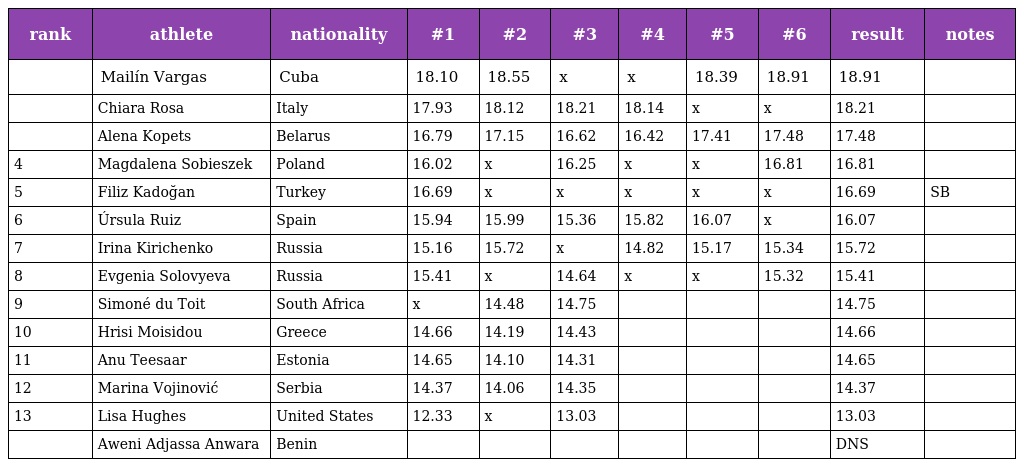
| rank | athlete | nationality | #1 | #2 | #3 | #4 | #5 | #6 | result | notes |
 | --- | --- | --- | --- | --- | --- | --- | --- | --- | --- | --- |
 |  | Mailín Vargas | Cuba | 18.10 | 18.55 | x | x | 18.39 | 18.91 | 18.91 |  |
 |  | Chiara Rosa | Italy | 17.93 | 18.12 | 18.21 | 18.14 | x | x | 18.21 |  |
 |  | Alena Kopets | Belarus | 16.79 | 17.15 | 16.62 | 16.42 | 17.41 | 17.48 | 17.48 |  |
 | 4 | Magdalena Sobieszek | Poland | 16.02 | x | 16.25 | x | x | 16.81 | 16.81 |  |
 | 5 | Filiz Kadoğan | Turkey | 16.69 | x | x | x | x | x | 16.69 | SB |
 | 6 | Úrsula Ruiz | Spain | 15.94 | 15.99 | 15.36 | 15.82 | 16.07 | x | 16.07 |  |
 | 7 | Irina Kirichenko | Russia | 15.16 | 15.72 | x | 14.82 | 15.17 | 15.34 | 15.72 |  |
 | 8 | Evgenia Solovyeva | Russia | 15.41 | x | 14.64 | x | x | 15.32 | 15.41 |  |
 | 9 | Simoné du Toit | South Africa | x | 14.48 | 14.75 |  |  |  | 14.75 |  |
 | 10 | Hrisi Moisidou | Greece | 14.66 | 14.19 | 14.43 |  |  |  | 14.66 |  |
 | 11 | Anu Teesaar | Estonia | 14.65 | 14.10 | 14.31 |  |  |  | 14.65 |  |
 | 12 | Marina Vojinović | Serbia | 14.37 | 14.06 | 14.35 |  |  |  | 14.37 |  |
 | 13 | Lisa Hughes | United States | 12.33 | x | 13.03 |  |  |  | 13.03 |  |
 |  | Aweni Adjassa Anwara | Benin |  |  |  |  |  |  | DNS |  |